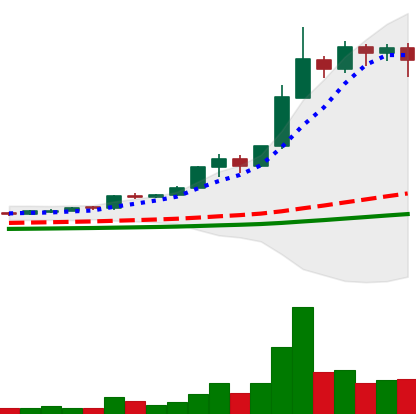
Ticker: BNB-USD
Chart end date: 2021-02-15
Forward return: 97.544%
Label: up_7plus